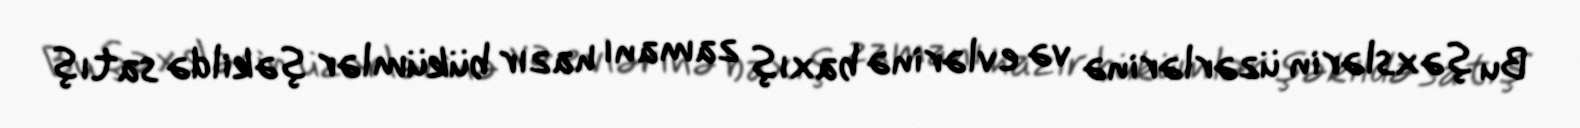
Bu şəxslərin üzərlərinə və evlərinə baxış zamanı hazır bükümlər şəkildə satış